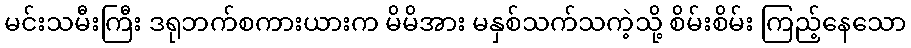
မင်းသမီးကြီး ဒရုဘက်စကားယားက မိမိအား မနှစ်သက်သကဲ့သို့ စိမ်းစိမ်း ကြည့်နေသော